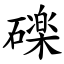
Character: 䃯